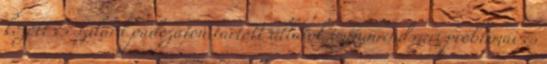
között és szilárd padozaton tartott állatok immunrendszeri problémái és